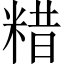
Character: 𥺮